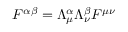
F ^ { \alpha \beta } = \Lambda _ { \mu } ^ { \alpha } \Lambda _ { \nu } ^ { \beta } F ^ { \mu \nu }